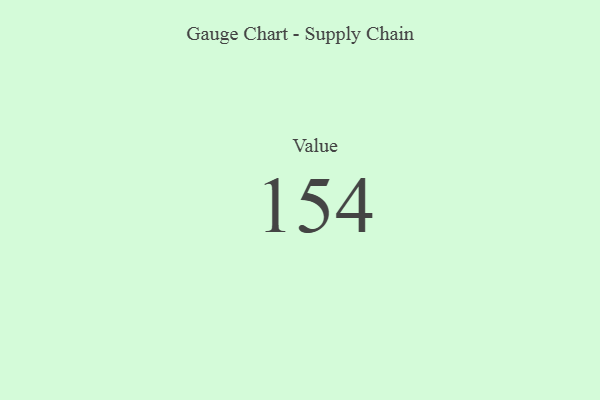
{"axis": {"x": "Metric", "y": "Value"}, "legend": [""], "data": [{"x": "Value", "y": 154, "type": ""}]}